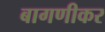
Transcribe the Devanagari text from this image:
बागणीकर